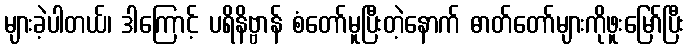
များခဲ့ပါတယ်၊ ဒါကြောင့် ပရိနိဗ္ဗာန် စံတော်မူပြီးတဲ့နောက် ဓာတ်တော်များကိုဖူးမြော်ပြီး